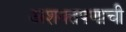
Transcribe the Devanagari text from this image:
अशक्तपणाची